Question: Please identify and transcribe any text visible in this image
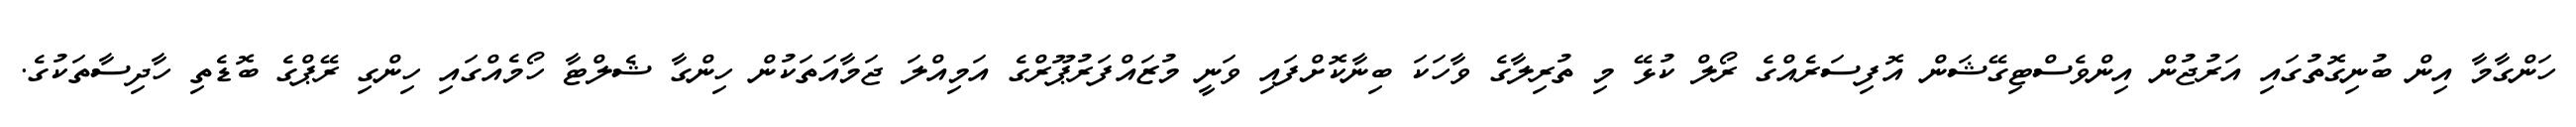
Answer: ހަންގާމާ އިން ބުނިގޮތުގައި އަރުޖުން އިންވެސްޓިގޭޝަން އޮފިސަރެއްގެ ރޯލް ކުޅޭ މި ތުރިލާގެ ވާހަކަ ބިނާކޮށްފައި ވަނީ މުޒައްފަރުޕޫރްގެ އަމިއްލަ ޖަމާއަތަކުން ހިންގާ ޝެލްޓާ ހޯމެއްގައި ހިންގި ރޭޕްގެ ބޮޑެތި ހާދިސާތަކުގެ.